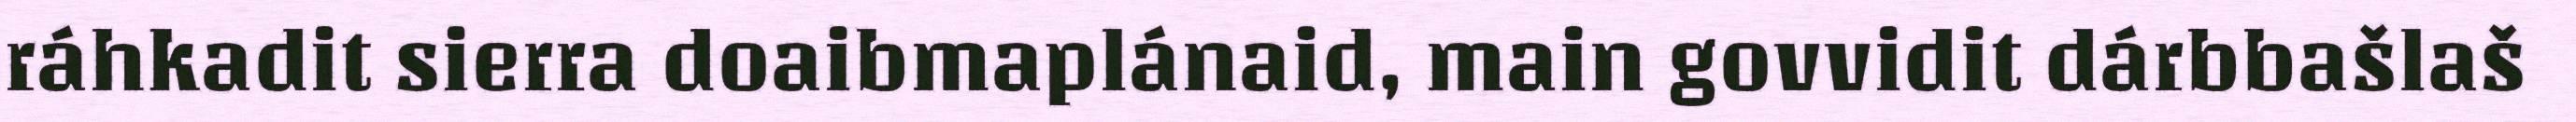
ráhkadit sierra doaibmaplánaid, main govvidit dárbbašlaš